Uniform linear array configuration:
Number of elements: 8
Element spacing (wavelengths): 1
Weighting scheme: hann
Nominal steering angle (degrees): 45
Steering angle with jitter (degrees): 43.394
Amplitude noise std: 0.05
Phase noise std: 0.05

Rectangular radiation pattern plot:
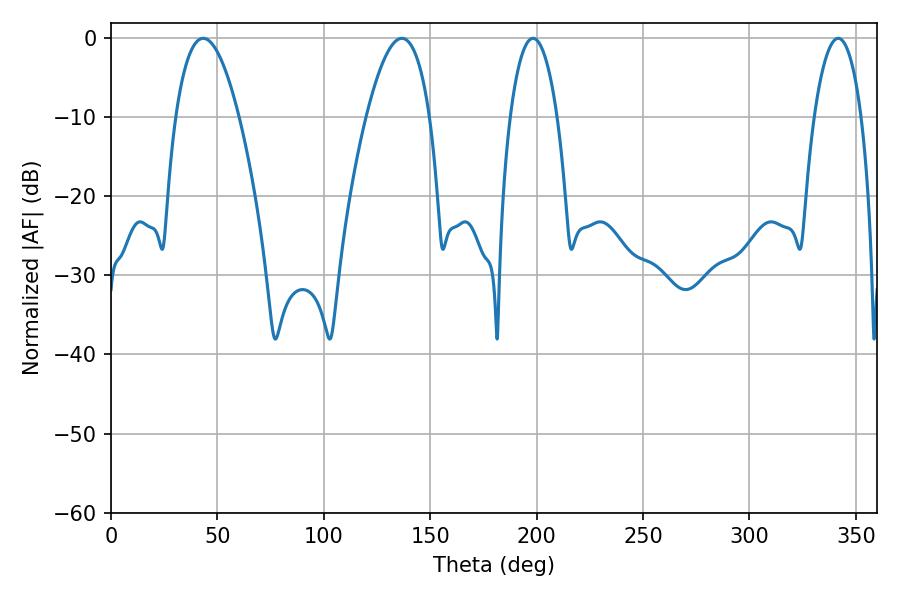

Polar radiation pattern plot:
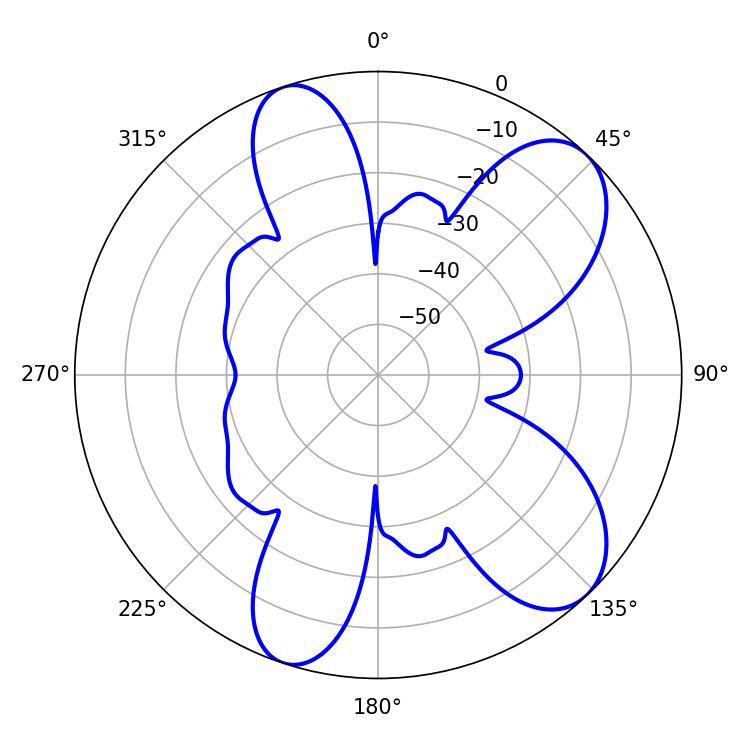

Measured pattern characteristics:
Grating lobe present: TRUE
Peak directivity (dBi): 8.556
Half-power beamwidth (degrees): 16.56
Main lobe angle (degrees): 43.38